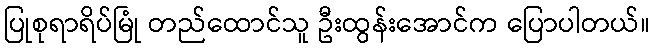
ပြုစုရာရိပ်မြုံ တည်ထောင်သူ ဦးထွန်းအောင်က ပြောပါတယ်။